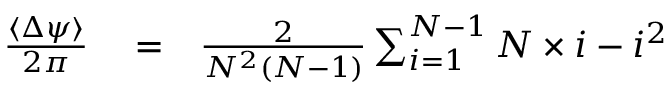
\begin{array} { r l r } { \frac { \langle \Delta \psi \rangle } { 2 \pi } } & { { } = } & { \frac { 2 } { N ^ { 2 } ( N - 1 ) } \sum _ { i = 1 } ^ { N - 1 } N \times i - i ^ { 2 } } \end{array}